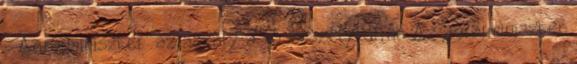
- Agrárminiszter: az aszály a fő veszélyforrás Az agrárminiszter